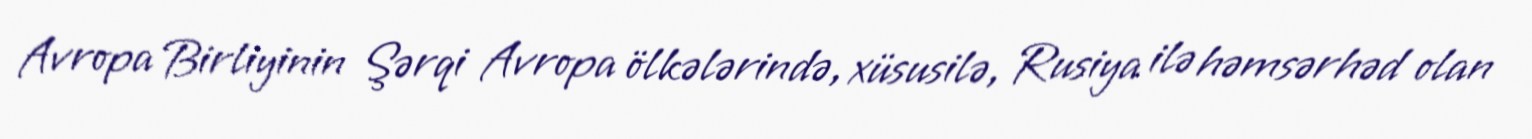
Avropa Birliyinin Şərqi Avropa ölkələrində, xüsusilə, Rusiya ilə həmsərhəd olan